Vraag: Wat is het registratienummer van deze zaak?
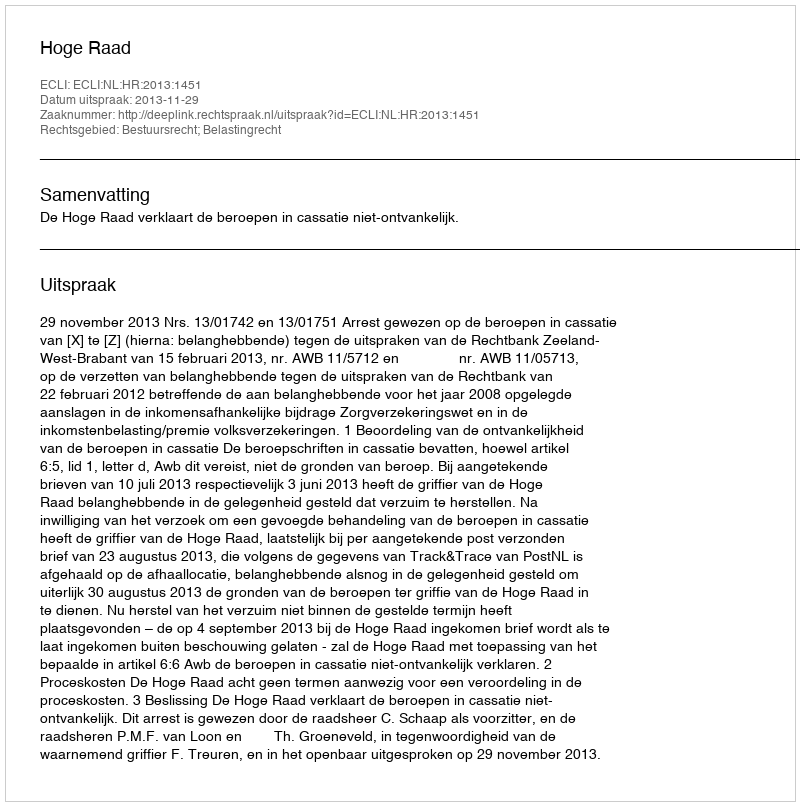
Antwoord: http://deeplink.rechtspraak.nl/uitspraak?id=ECLI:NL:HR:2013:1451